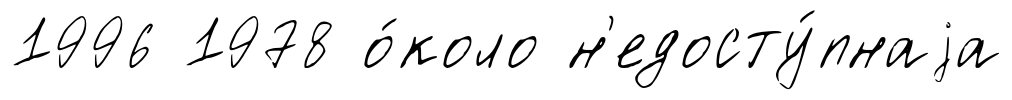
1996 1978 о́коло н'едосту́пнаjа